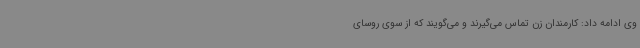
وی ادامه داد: کارمندان زن تماس می‌گیرند و می‌گویند که از سوی روسای